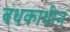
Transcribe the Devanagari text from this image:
बंधकाधीन